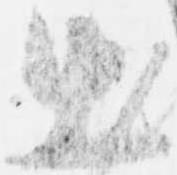
出